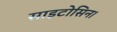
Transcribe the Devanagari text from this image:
साइटोसिन।